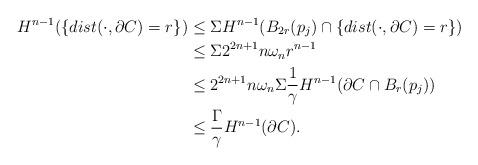
LaTeX: \begin{align*}H^{n-1}(\{dist(\cdot, \partial C)=r\})&\le\Sigma H^{n-1}(B_{2r}(p_j)\cap \{dist(\cdot, \partial C)=r\})\\&\le\Sigma 2^{2n+1}n\omega_nr^{n-1}\\&\le 2^{2n+1}n\omega_n\Sigma \frac{1}{\gamma}H^{n-1}(\partial C\cap B_r(p_j))\\&\le \frac{\Gamma}{\gamma} H^{n-1}(\partial C).\end{align*}